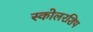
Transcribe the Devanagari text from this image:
स्कोलरशिप